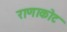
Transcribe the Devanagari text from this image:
राणाकोट